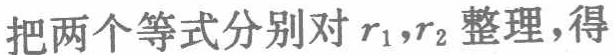
把两个等式分别对 \(r_1,r_2\) 整理，得